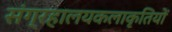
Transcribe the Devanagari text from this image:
संग्रहालयकलाकृतियों